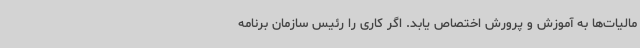
مالیات‌ها به آموزش و پرورش اختصاص یابد. اگر کاری را رئیس سازمان برنامه